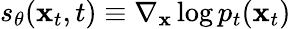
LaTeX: s_{\theta}(\mathbf{x}_{t},t)\equiv\nabla_{\mathbf{x}}\log p_{t}(\mathbf{x}_{t})